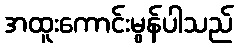
အထူးကောင်းမွန်ပါသည်